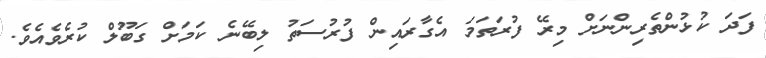
ފަދަ ކުޅުންތެރިންނަށް މިރޭ ފުރަތަމަ އެގާރައިން ފުރުސަތު ލިބޭނެ ކަމަށް ގަބޫލް ކުރެވެއެވެ.